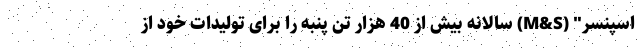
اسپنسر" (M&S) سالانه بیش از 40 هزار تن پنبه را برای تولیدات خود از